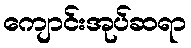
ကျောင်းအုပ်ဆရာ